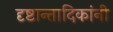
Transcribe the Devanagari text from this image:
दृष्टान्तादिकांनी